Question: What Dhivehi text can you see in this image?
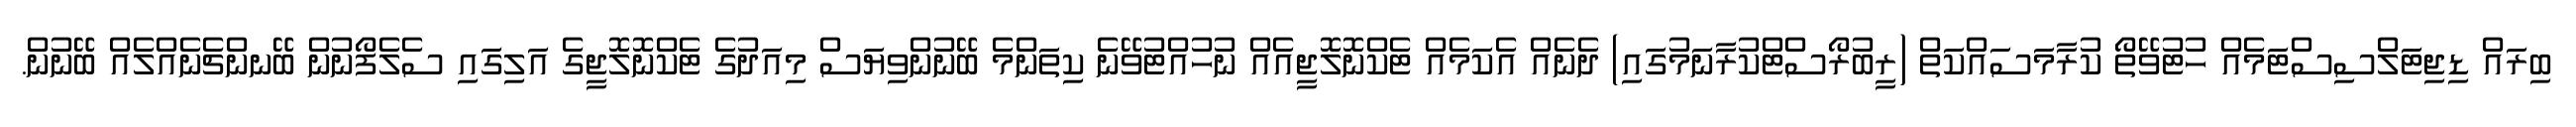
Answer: ބިރައް ޑިޖިޓަލްސިސްޓަމެއް ހުޓުވޭތޯ ކުރާމަސައްކަތް (ރީބުރޯސްޓްކުރާނަމުގައި) ދެނެއް އެކަމެއް ޓެކްނޮލޮޖީއެއް ނުހުއްޓުވޭނެ ކިތަންމެ ބޭނުންވިޔަސް މިއަދުގެ ޓެކްނޮލޮޖީގެ އަލިގައި ސެލެފޯނުން ބޭނންޗެނެއްލެއް ބޭނުން.